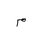
Letter: _mim